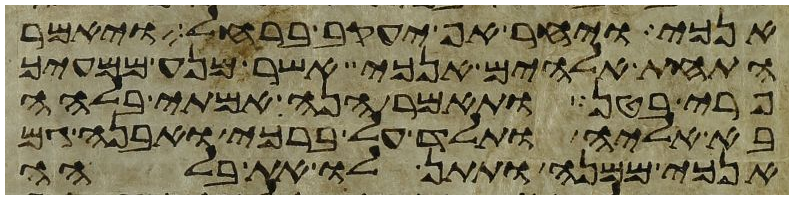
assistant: אנכי ויחר אף יעקב ברחל ויאמר
התחת אלהים אנכי אשר מנע ממעיך
פרי בטן ותאמר הנה אמתי בלהה
בא אליה ותלד על ברכי ואבנה גם
אנכי ממנה ותתן לו את בלהה